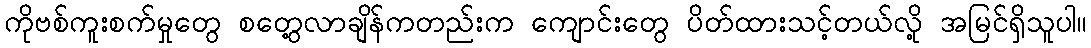
ကိုဗစ်ကူးစက်မှုတွေ စတွေ့လာချိန်ကတည်းက ကျောင်းတွေ ပိတ်ထားသင့်တယ်လို့ အမြင်ရှိသူပါ။